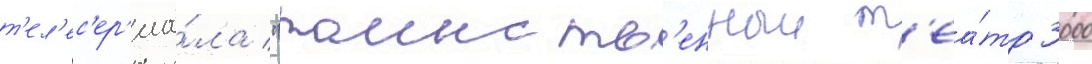
т'ел'ес'ер'иа́ла "таинств'енныи т'еа́тр 3000